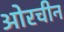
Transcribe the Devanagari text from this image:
ओरचीन